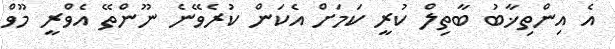
އެ އިންތިޚާބު ބާތިލް ކުރީ ކަމަށް އެކަން ކުރެވޭނެ ނޫންތޭ އެވްރީ މޫވް